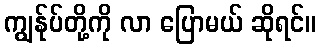
ကျွန်ုပ်တို့ကို လာ ပြောမယ် ဆိုရင်။